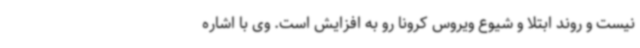
نیست و روند ابتلا و شیوع ویروس کرونا رو به افزایش است. وی با اشاره